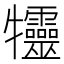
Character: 𤜙